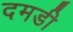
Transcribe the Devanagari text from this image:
दमडी